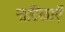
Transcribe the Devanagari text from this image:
नाटिकाएँ